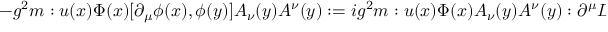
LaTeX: - g ^ { 2 } m : u ( x ) \Phi ( x ) [ \partial _ { \mu } \phi ( x ) , \phi ( y ) ] A _ { \nu } ( y ) A ^ { \nu } ( y ) : = i g ^ { 2 } m : u ( x ) \Phi ( x ) A _ { \nu } ( y ) A ^ { \nu } ( y ) : \partial ^ { \mu } D _ { m _ { H } } ( x - y ) .